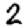
Digit: 2